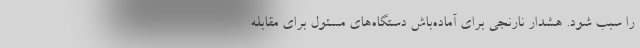
را سبب شود. هشدار نارنجی برای آماده‌باش دستگاه‌های مسئول برای مقابله